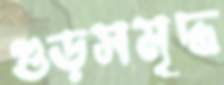
গুড়সমৃদ্ধ